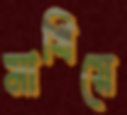
মাখিয়ে